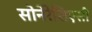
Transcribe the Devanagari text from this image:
सोनेरेशिएसी